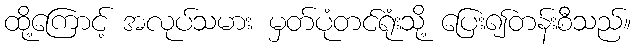
ထို့ကြောင့် အလုပ်သမား မှတ်ပုံတင်ရုံးသို့ ပြေး၍တန်းစီသည်။